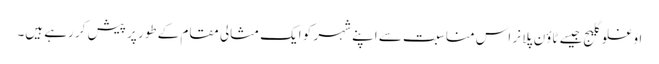
اوغلو گلیج جیسے ٹاؤن پلانر اس مناسبت سے اپنے شہر کو ایک مثالی مقام کے طور پر پیش کر رہے ہیں۔